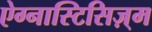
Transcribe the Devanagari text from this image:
ऐग्नास्टिसिज़्म